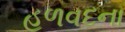
હળવદના